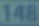
148